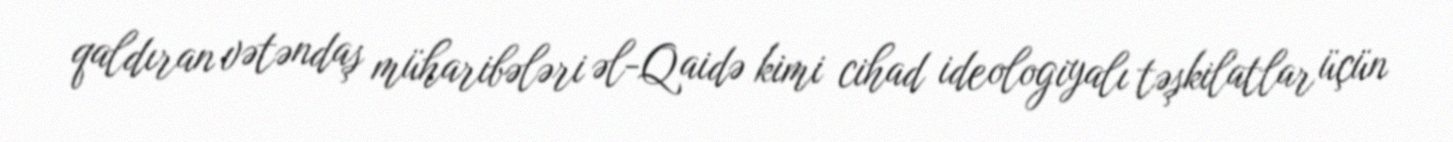
qaldıran vətəndaş müharibələri əl-Qaidə kimi cihad ideologiyalı təşkilatlar üçün